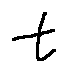
t